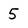
Character: 5